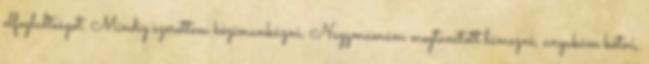
elfoglaltságot. Mindig szerettem kézimunkázni. Nagymamám megtanított hímezni, anyukám kötni,